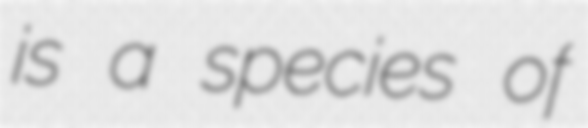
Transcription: is a species of